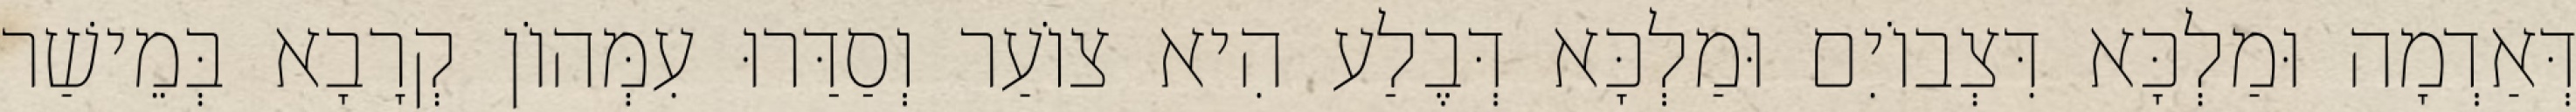
דְּאַדְמָה וּמַלְכָּא דִּצְבוֹיִם וּמַלְכָּא דְּבֶלַע הִיא צוֹעַר וְסַדַּרוּ עִמְּהוֹן קְרָבָא בְּמֵישַׁר